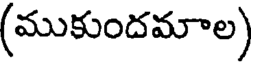
(ముకుందమాల)